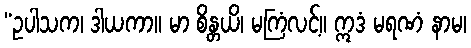
“ဥပါသက၊ ဒါယကာ။ မာ စိန္တယိ၊ မကြံလင့်။ ဣဒံ မရဏံ နာမ၊